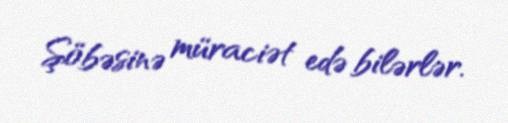
Şöbəsinə müraciət edə bilərlər.